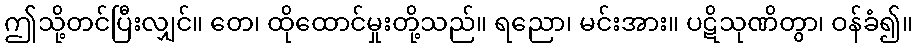
ဤသို့တင်ပြီးလျှင်။ တေ၊ ထိုထောင်မှုးတို့သည်။ ရညော၊ မင်းအား။ ပဋိသုဏိတွာ၊ ဝန်ခံ၍။